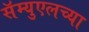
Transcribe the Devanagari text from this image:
सॅम्युएलच्या